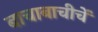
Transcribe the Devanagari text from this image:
बाचाबाचीचें